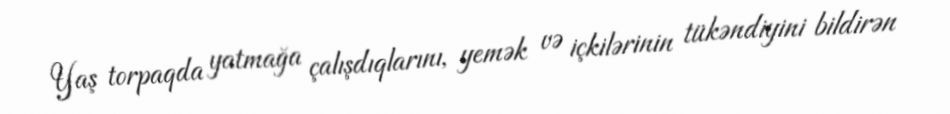
Yaş torpaqda yatmağa çalışdıqlarını, yemək və içkilərinin tükəndiyini bildirən